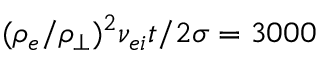
( \rho _ { e } / \rho _ { \perp } ) ^ { 2 } \nu _ { e i } t / 2 \sigma = 3 0 0 0